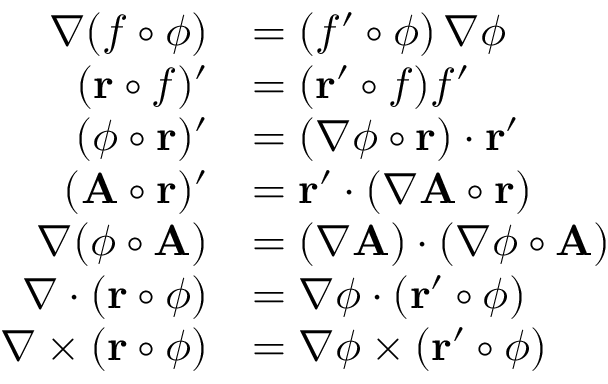
{ \begin{array} { r l } { \nabla ( f \circ \phi ) } & { = \left( f ^ { \prime } \circ \phi \right) \nabla \phi } \\ { ( \mathbf { r } \circ f ) ^ { \prime } } & { = ( \mathbf { r } ^ { \prime } \circ f ) f ^ { \prime } } \\ { ( \phi \circ \mathbf { r } ) ^ { \prime } } & { = ( \nabla \phi \circ \mathbf { r } ) \cdot \mathbf { r } ^ { \prime } } \\ { ( \mathbf { A } \circ \mathbf { r } ) ^ { \prime } } & { = \mathbf { r } ^ { \prime } \cdot ( \nabla \mathbf { A } \circ \mathbf { r } ) } \\ { \nabla ( \phi \circ \mathbf { A } ) } & { = ( \nabla \mathbf { A } ) \cdot ( \nabla \phi \circ \mathbf { A } ) } \\ { \nabla \cdot ( \mathbf { r } \circ \phi ) } & { = \nabla \phi \cdot ( \mathbf { r } ^ { \prime } \circ \phi ) } \\ { \nabla \times ( \mathbf { r } \circ \phi ) } & { = \nabla \phi \times ( \mathbf { r } ^ { \prime } \circ \phi ) } \end{array} }